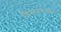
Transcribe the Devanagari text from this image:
डिसकशन्स